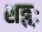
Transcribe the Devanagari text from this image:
शत्रुः